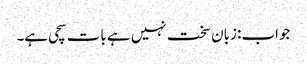
جواب: زبان سخت نہیں ہے بات سچی ہے۔